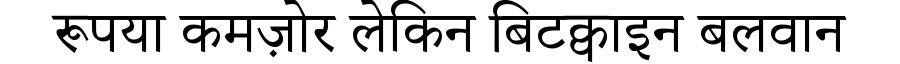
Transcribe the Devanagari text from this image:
रूपया कमज़ोर लेकिन बिटक्वाइन बलवान